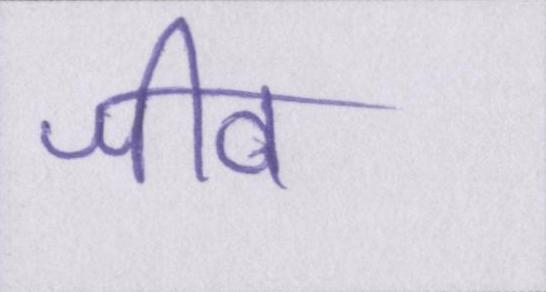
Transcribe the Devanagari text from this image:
जीव